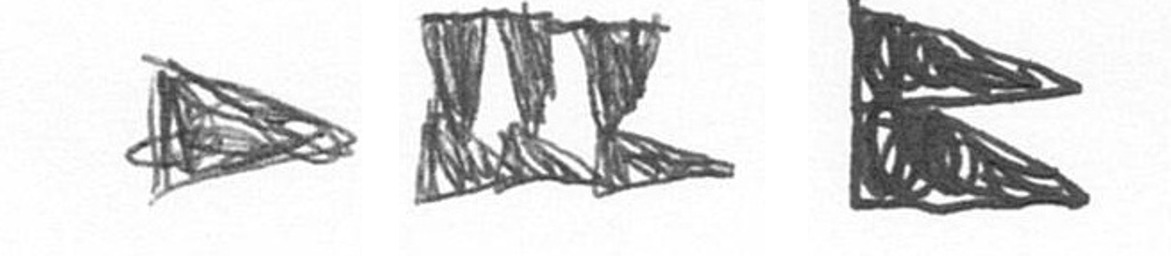
T D P